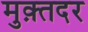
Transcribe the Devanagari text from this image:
मुक़्तदर